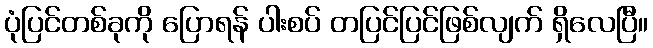
ပုံပြင်တစ်ခုကို ပြောရန် ပါးစပ် တပြင်ပြင်ဖြစ်လျက် ရှိလေပြီ။